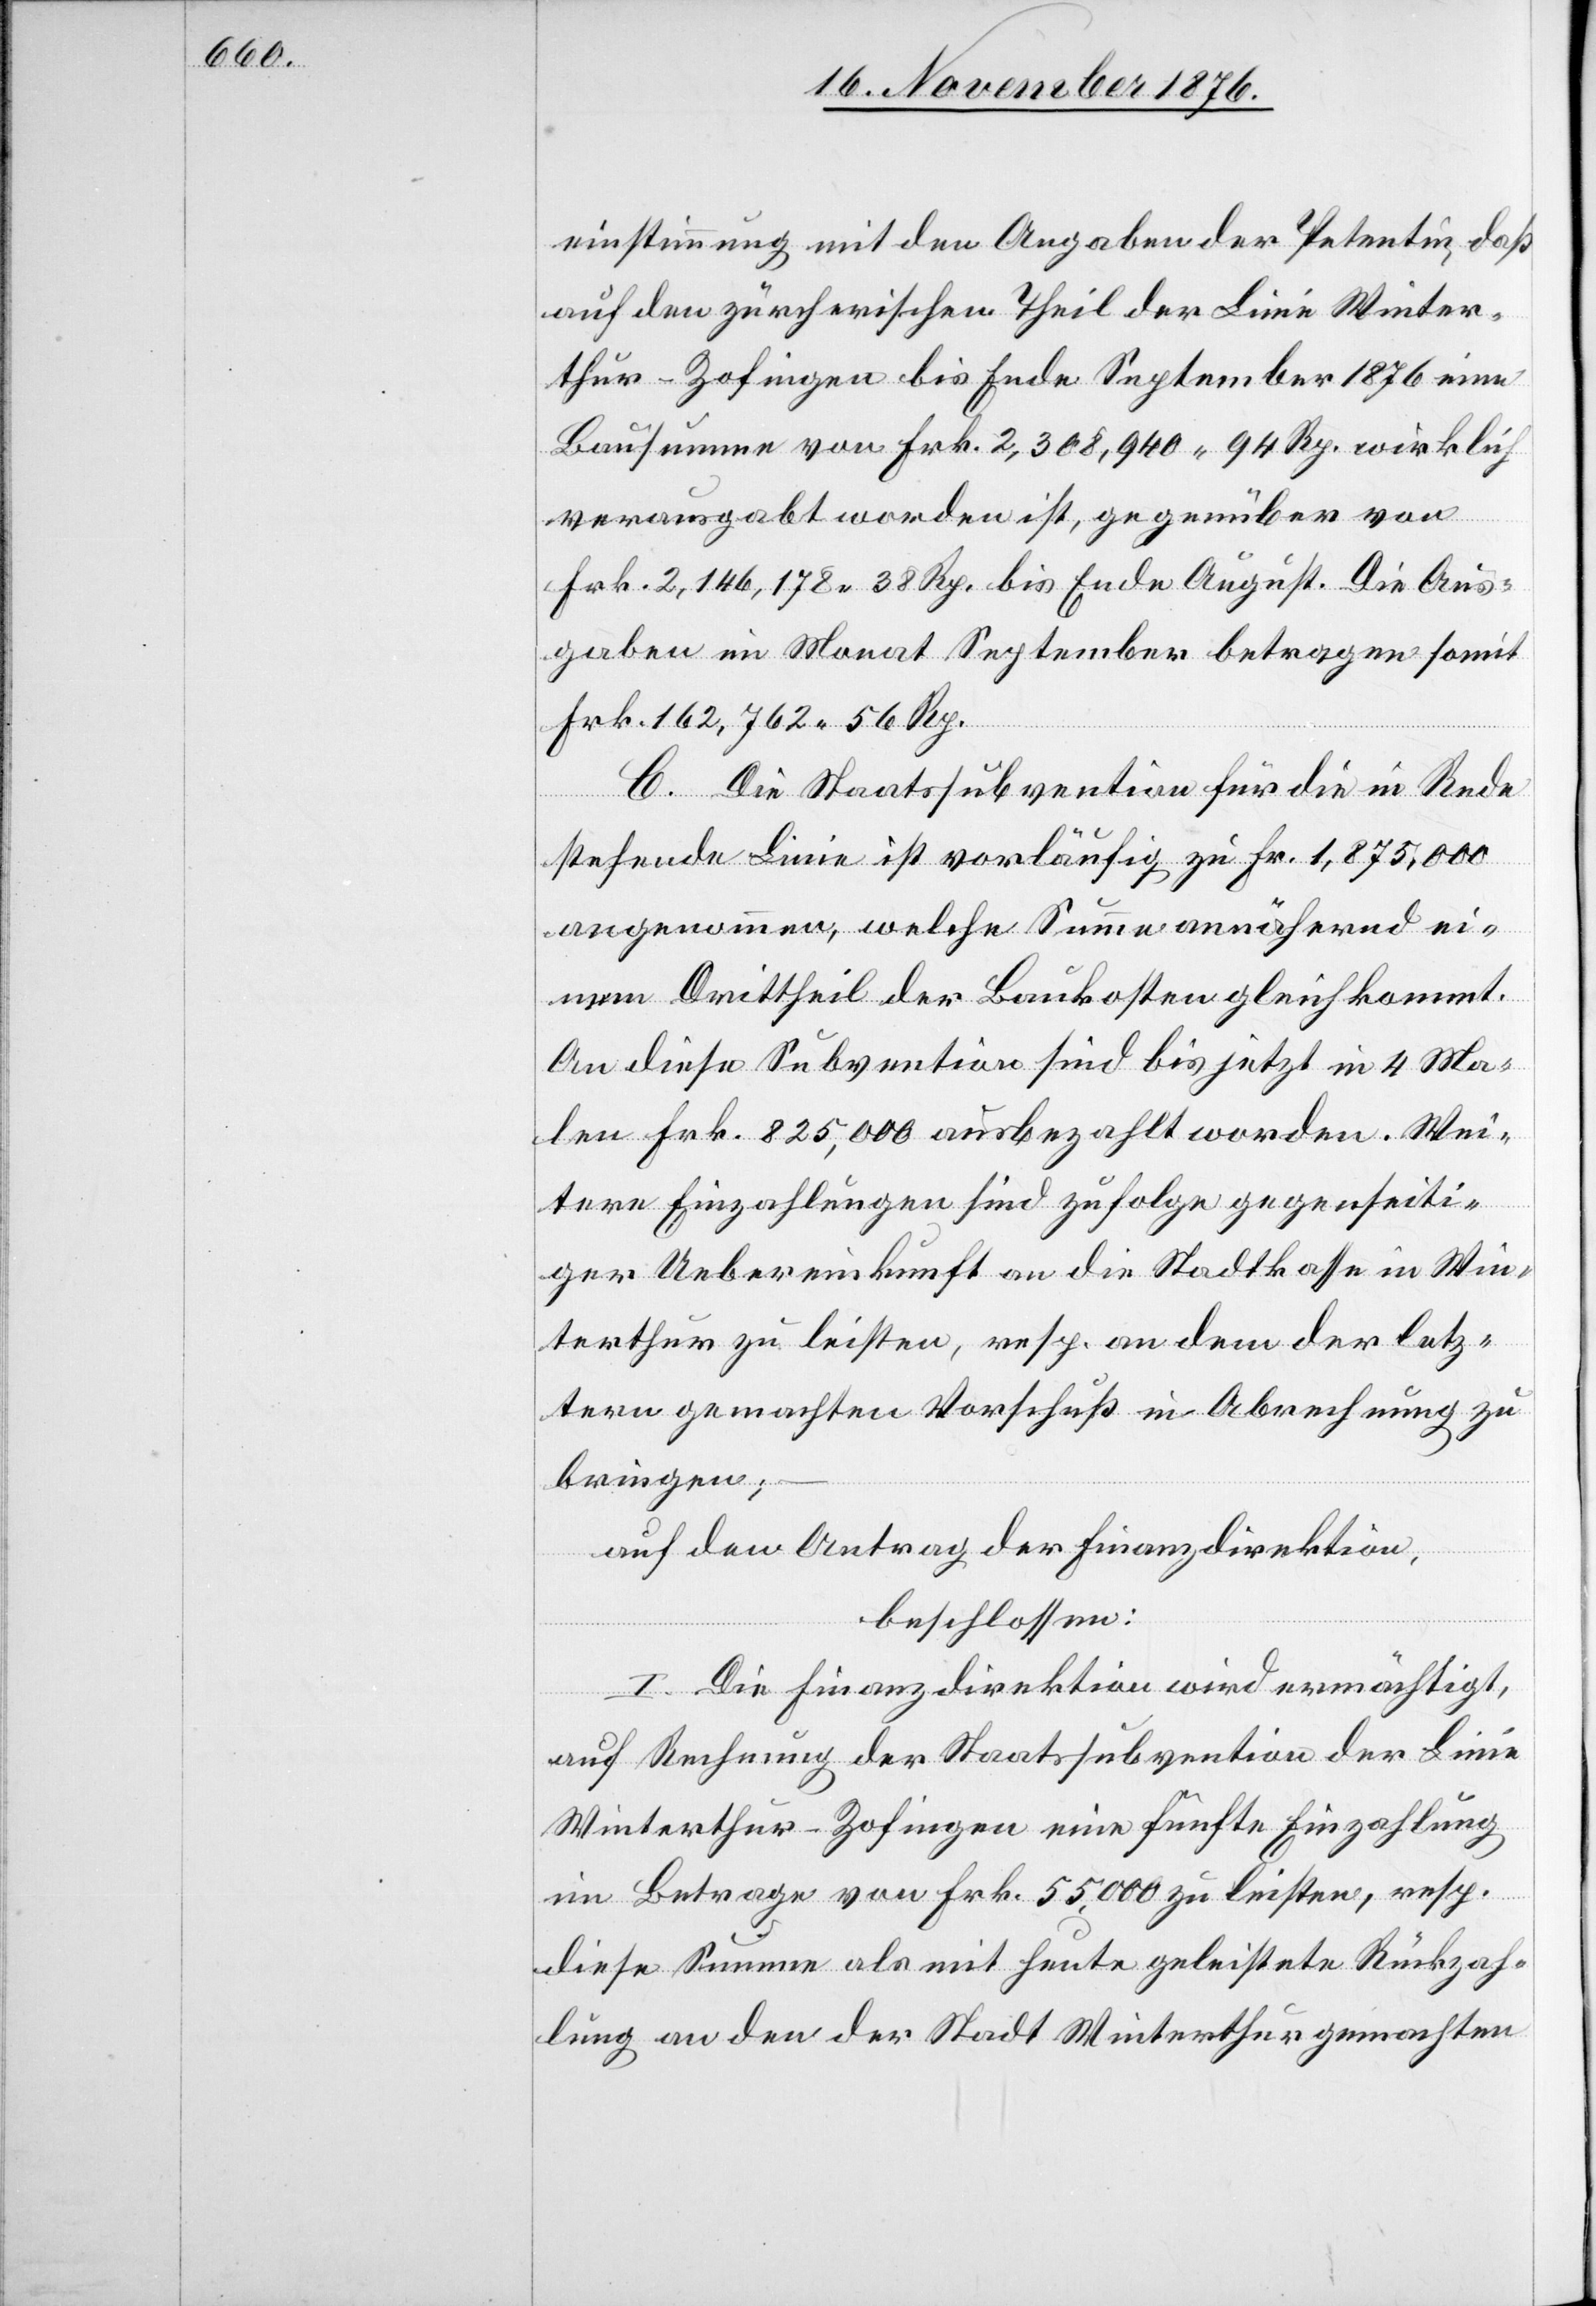
einstimmung mit den Angaben der Petentin, daß
auf den zürcherischen Theil der Linie Winter¬
thur–Zofingen bis Ende September 1876 eine
Bausumme von Frk. 2,308,940 94 Rp. wirklich
verausgabt worden ist, gegenüber von
Frk. 2,146,178 38 Rp. bis Ende August. Diese Aus¬
gaben im Monat September betragen somit
Frk. 162,762 56 Rp.
C. Die Staatssubvention für die in Rede
stehende Linie ist vorläufig zu Fr. 1,875,000
angenommen, welche Summe annähernd ei¬
nem Drittheil der Baukosten gleichkommt.
An diese Subvention sind bis jetzt in 4 Ma¬
len Frk. 825,000 ausbezahlt worden. Wei¬
tere Einzahlungen sind zufolge gegenseiti¬
ger Uebereinkunft an die Stadtkasse in Win¬
terthur zu leisten, resp. an dem der letz¬
tern gemachten Vorschuß in Abrechnung zu
bringen;
auf den Antrag der Finanzdirektion,
beschlossen:
I. Die Finanzdirektion wird ermächtigt,
auf Rechnung der Staatssubvention der Linie
Winterthur–Zofingen eine fünfte Einzahlung
im Betrage von Frk. 55,000 zu leisten, resp.
diese Summe als mit heute geleistete Rückzah¬
lung an den der Stadt Winterthur gemachten